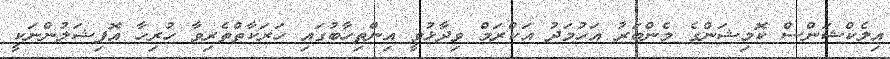
އިލެކްޝަންސް ކޮމިޝަންގެ މެންބަރު އަހުމަދު އަކްރަމް ވިދާޅުވީ އިންތިހާބުގައި ހަރަކާތްތެރިވާ ހުރިހާ އޮފިޝަލުންނަކީ